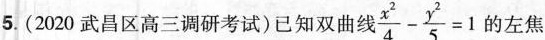
5(2020武昌区高三调研考试)已知双曲线 $$\frac{x^{2}}{4}- \frac{y^{2}}{5}=1$$ 的左焦